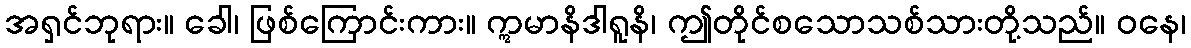
အရှင်ဘုရား။ ခေါ၊ ဖြစ်ကြောင်းကား။ ဣမာနိဒါရူနိ၊ ဤတိုင်စသောသစ်သားတို့သည်။ ဝနေ၊